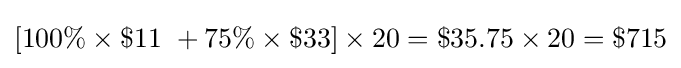
\left[100\%\times \$11\ +75\%\times \$33\right]\times 20=\$35.75\times 20=\$715